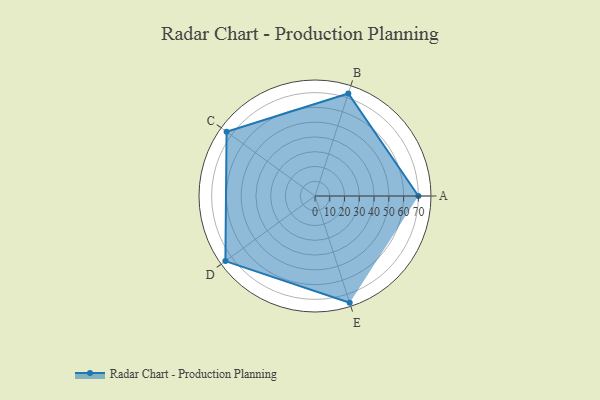
{"axis": {"x": "Skill", "y": "Score"}, "legend": ["Profile"], "data": [{"x": "A", "y": 70.0, "type": "Profile"}, {"x": "B", "y": 73.0, "type": "Profile"}, {"x": "C", "y": 74.0, "type": "Profile"}, {"x": "D", "y": 75.0, "type": "Profile"}, {"x": "E", "y": 76.0, "type": "Profile"}]}